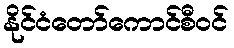
နိုင်ငံတော်ကောင်စီဝင်